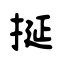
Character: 挻